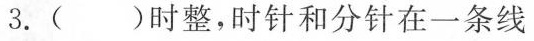
3.（）时整，时针和分针在一条线